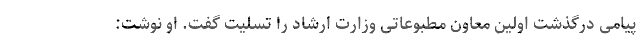
پیامی درگذشت اولین معاون مطبوعاتی وزارت ارشاد را تسلیت گفت. او نوشت: